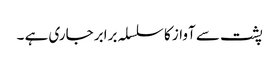
پشت سے آواز کا سلسلہ برابر جاری ہے ۔